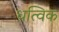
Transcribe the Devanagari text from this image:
धत्विक